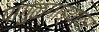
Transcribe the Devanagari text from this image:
पांगुळगाड्यावर